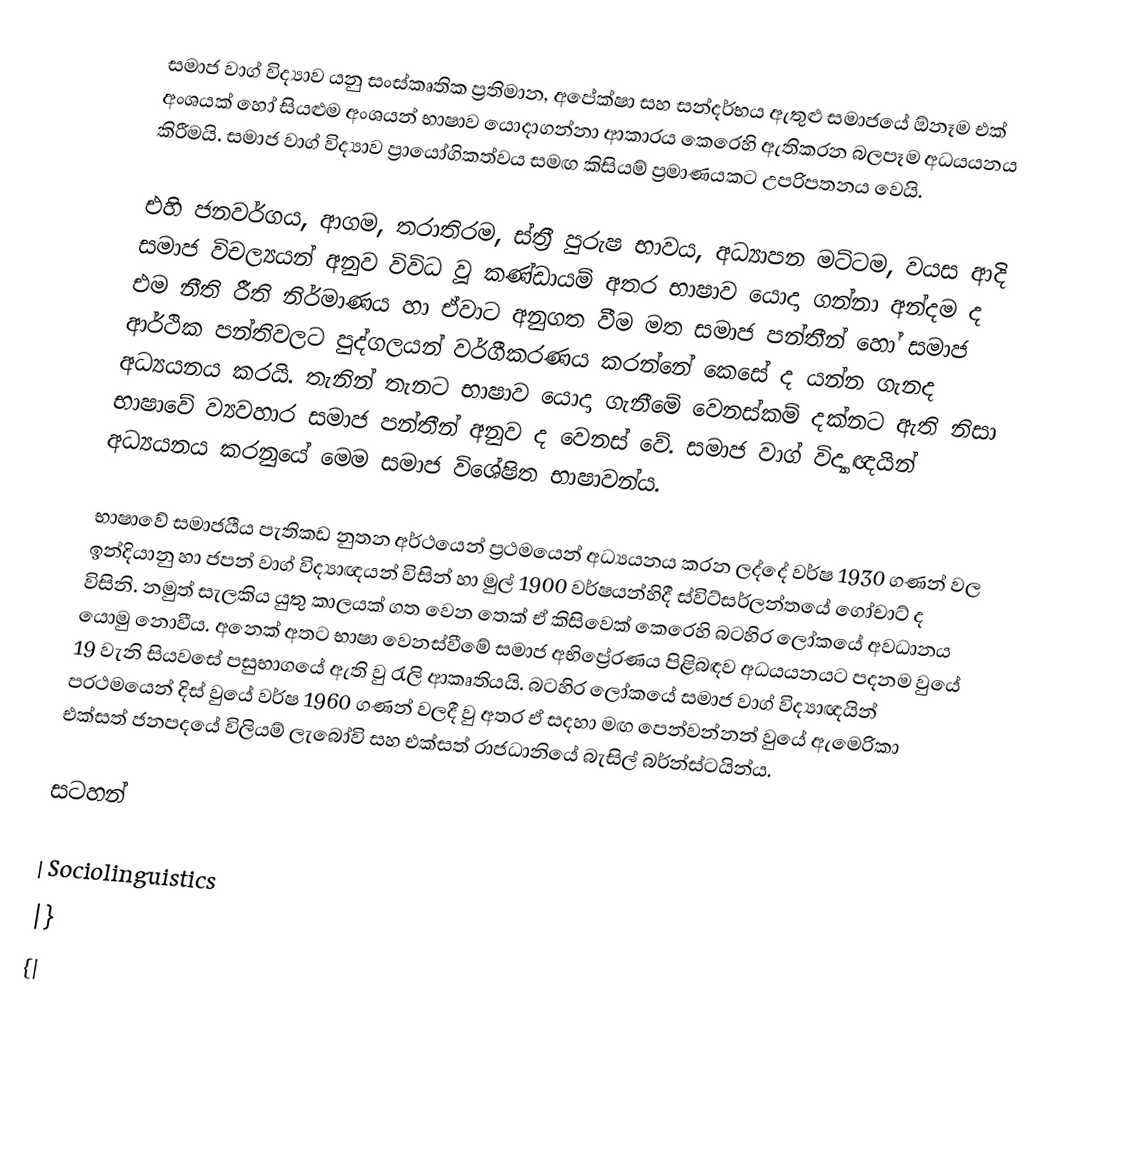
සමාජ වාග් විද්‍යාව යනු සංස්කෘතික ප්‍රතිමාන, අපේක්ෂා සහ සන්දර්භය ඇතුළු සමාජයේ  ඕනෑම එක් අංශයක් හෝ සියළුම අංශයන් භාෂාව යොදාගන්නා ආකාරය කෙරෙහි ඇතිකරන බලපෑම අධයයනය කිරීමයි. සමාජ වාග් විද්‍යාව ප්‍රායෝගිකත්වය සමඟ කිසියම් ප්‍රමාණයකට උපරිපතනය වෙයි.

එහි ජනවර්ගය, ආගම, තරාතිරම, ස්ත්‍රී පුරුෂ භාවය, අධ්‍යාපන මට්ටම, වයස ආදි සමාජ විචල්‍යයන් අනුව විවිධ වූ කණ්ඩායම් අතර භාෂාව යොදා ගන්නා අන්දම ද එම නීති රීති නිර්මාණය හා ඒවාට අනුගත වීම මත සමාජ පන්තීන් හෝ සමාජ ආර්ථික පන්තිවලට පුද්ගලයන් වර්ගීකරණය කරන්නේ කෙසේ ද යන්න ගැනද අධ්‍යයනය කරයි. තැනින් තැනට භාෂාව යොදා ගැනීමේ වෙනස්කම් දක්නට ඇති නිසා භාෂාවේ ව්‍යවහාර සමාජ පන්තීන් අනුව ද වෙනස් වේ. සමාජ වාග් විද්‍යාඥයින් අධ්‍යයනය කරනුයේ මෙම සමාජ විශේෂිත භාෂාවන්ය.

භාෂාවේ සමාජයීය පැතිකඩ නුතන අර්ථයෙන් ප්‍රථමයෙන් අධ්‍යයනය කරන ලද්දේ වර්ෂ 1930 ගණන් වල ඉන්දියානු හා ජපන් වාග් විද්‍යාඥයන් විසින් හා මුල් 1900 වර්ෂයන්හිදී ස්විට්සර්ලන්තයේ ගෝචාට් ද විසිනි. නමුත් සැලකිය යුතු කාලයක් ගත වෙන තෙක් ඒ කිසිවෙක් කෙරෙහි බටහිර ලෝකයේ අවධානය යොමු නොවීය. අනෙක් අතට භාෂා වෙනස්වීමේ සමාජ අභිප්‍රේරණය පිළිබඳව අධයයනයට පදනම වුයේ 19 වැනි සියවසේ පසුභාගයේ ඇති වු රැලි ආකෘතියයි. බටහිර ලෝකයේ සමාජ වාග් විද්‍යාඥයින් ප‍්‍රථමයෙන් දිස් වුයේ වර්ෂ 1960 ගණන් වලදී වු අතර ඒ සදහා මඟ පෙන්වන්නන් වුයේ ඇමෙරිකා එක්සත් ජනපදයේ විලියම් ලැබෝවි සහ එක්සත් රාජධානියේ බැසිල් බර්න්ස්ටයින්ය.

සටහන්

| Sociolinguistics
|}
{|